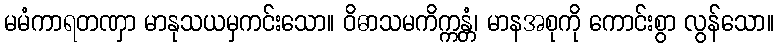
မမံကာရတဏှာ မာနုသယမှကင်းသော။ ဝိဓာသမကိက္ကန္တံ၊ မာနအစုကို ကောင်းစွာ လွန်သော။